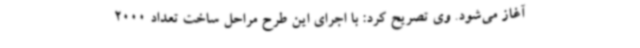
آغاز می‌شود. وی تصریح کرد: با اجرای این طرح مراحل ساخت تعداد 2000